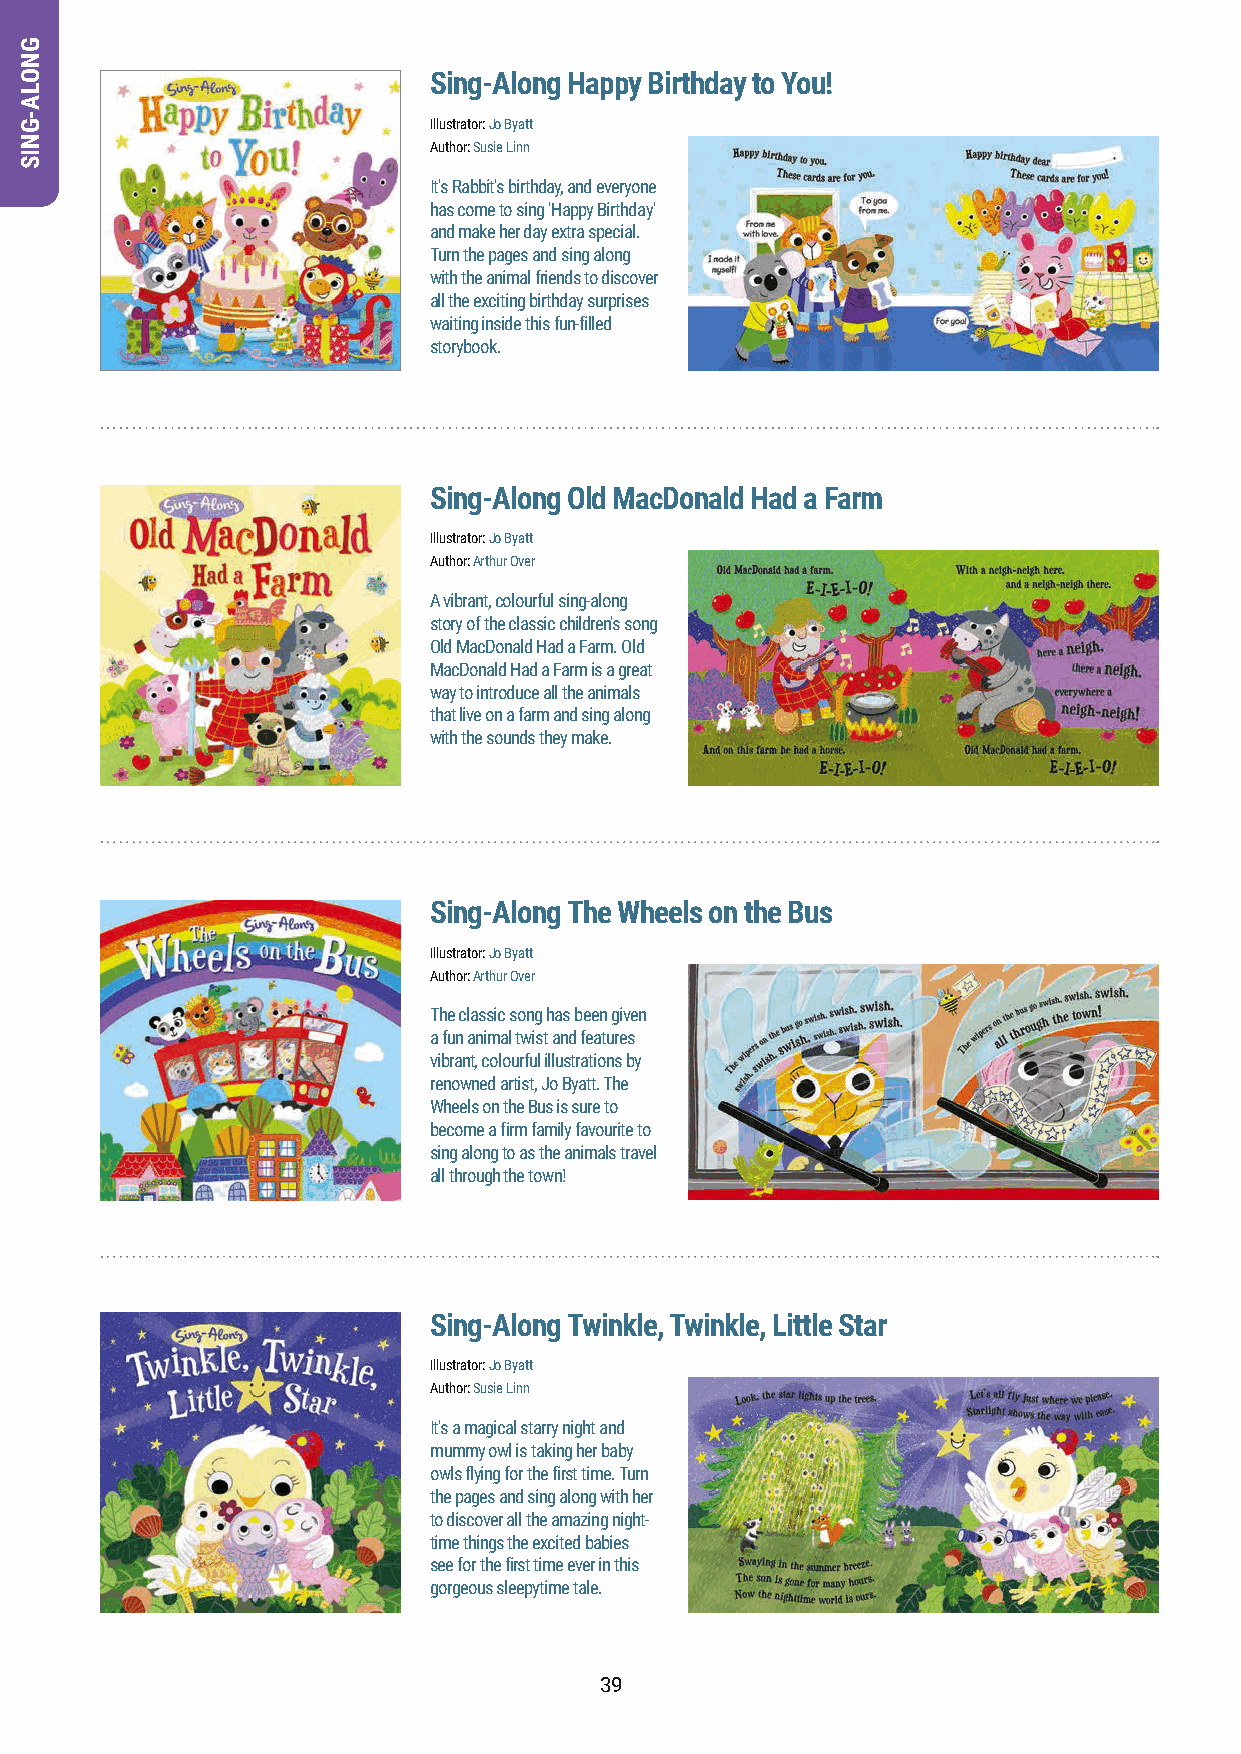
Sing-Along Happy Birthday to You!
 Illustrator: Jo Byatt
 Author: Susie Linn
 It's Rabbit's birthday, and everyone
 has come to sing 'Happy Birthday'
 and make her day extra special.
 Turn the pages and sing along
 with the animal friends to discover
 all the exciting birthday surprises
 waiting inside this fun-filled
 storybook.
 Sing-Along Old MacDonald Had a Farm
 Illustrator: Jo Byatt
 Author: Arthur Over
 A vibrant, colourful sing-along
 story of the classic children's song
 Old MacDonald Had a Farm. Old
 MacDonald Had a Farm is a great
 way to introduce all the animals
 that live on a farm and sing along
 with the sounds they make.
 Sing-Along The Wheels on the Bus
 Illustrator: Jo Byatt
 Author: Arthur Over
 The classic song has been given
 a fun animal twist and features
 vibrant, colourful illustrations by
 renowned artist, Jo Byatt. The
 Wheels on the Bus is sure to
 become a firm family favourite to
 sing along to as the animals travel
 all through the town!
 Sing-Along Twinkle, Twinkle, Little Star
 Illustrator: Jo Byatt
 Author: Susie Linn
 It's a magical starry night and
 mummy owl is taking her baby
 owls flying for the first time. Turn
 the pages and sing along with her
 to discover all the amazing night-
 time things the excited babies
 see for the first time ever in this
 gorgeous sleepytime tale.
 39
 GNOLA-GNIS